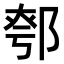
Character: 𨜆